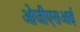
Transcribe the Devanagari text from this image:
ओजीएसआई